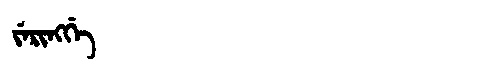
Manchu: ᠵᡝᡵᡳᠩᡤᡝ
Romanization: JERINGGE